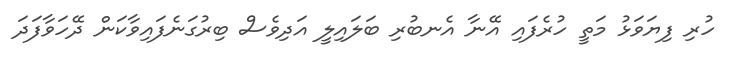
ހުރި ފިޔަވަޅު މަތީ ހުރެފައި އޭނާ އެނބުރި ބަލައިލީ އަދިވެސް ބިރުގަނެފައިވާކަން ދޭހަވާފަދަ